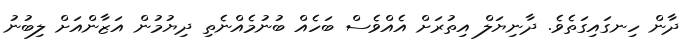
ދާން ހިނގައިގަތެވެ. ދާނިޔަލް އިތުރަށް އެއްވެސް ބަހެއް ބުނުމެއްނެތި ދިޔުމުން އަޒާންއަށް ލިބުނު